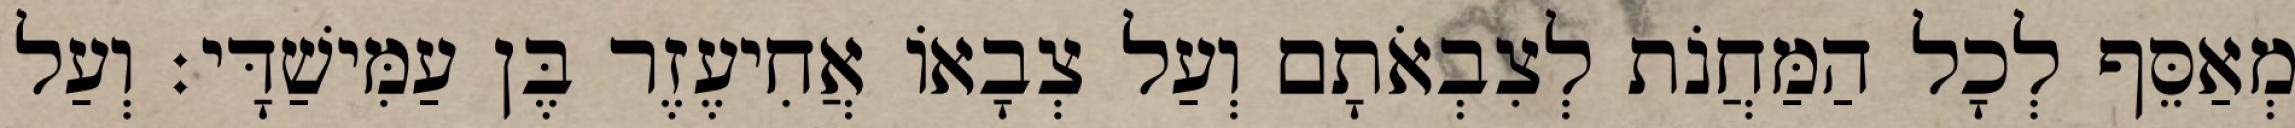
מְאַסֵּף לְכָל הַמַּחֲנֹת לְצִבְאֹתָם וְעַל צְבָאוֹ אֲחִיעֶזֶר בֶּן עַמִּישַׁדָּי׃ וְעַל